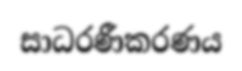
සාධරණීකරණය